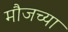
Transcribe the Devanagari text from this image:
मौजच्या